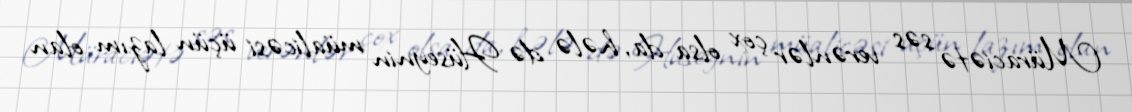
Müraciətə səs verənlər çox olsa da, hələ də Hüseynin müalicəsi üçün lazım olan